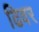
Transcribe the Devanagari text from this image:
ढिवर